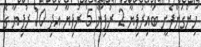
ހިންގަންފެށީ ބައިރުފިޔާ 2 ރުފިޔާ 5 ރުފިޔާ އަދި 10 ރުފިޔާ ގެ